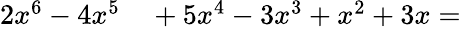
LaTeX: \begin{array}{rl}{2x^{6}-4x^{5}}&{{}+5x^{4}-3x^{3}+x^{2}+3x=}\end{array}